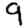
Digit: 9